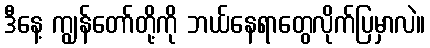
ဒီနေ့ ကျွန်တော်တို့ကို ဘယ်နေရာတွေလိုက်ပြမှာလဲ။